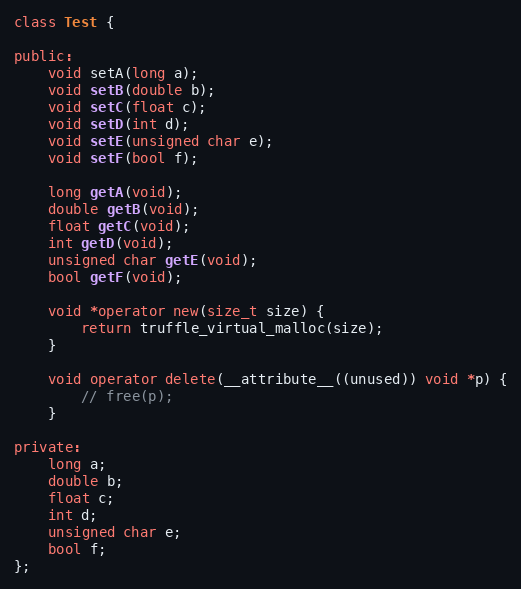
Language: C++
class Test {

public:
    void setA(long a);
    void setB(double b);
    void setC(float c);
    void setD(int d);
    void setE(unsigned char e);
    void setF(bool f);

    long getA(void);
    double getB(void);
    float getC(void);
    int getD(void);
    unsigned char getE(void);
    bool getF(void);

    void *operator new(size_t size) {
        return truffle_virtual_malloc(size);
    }

    void operator delete(__attribute__((unused)) void *p) {
        // free(p);
    }

private:
    long a;
    double b;
    float c;
    int d;
    unsigned char e;
    bool f;
};